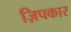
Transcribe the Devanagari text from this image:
ज़िपकार